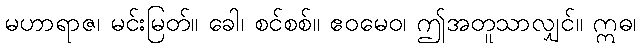
မဟာရာဇ၊ မင်းမြတ်။ ခေါ၊ စင်စစ်။ ဧဝမေဝ၊ ဤအတူသာလျှင်။ ဣဓ၊